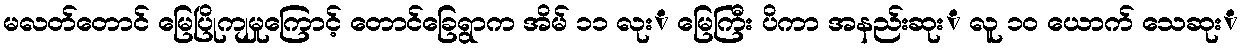
မလတ်တောင် မြေပြိုကျမှုကြောင့် တောင်ခြေရွာက အိမ် ၁၁ လုးံ မြေကြီး ပိကာ အနည်းဆုးံ လူ ၁၀ ယောက် သေဆုးံ